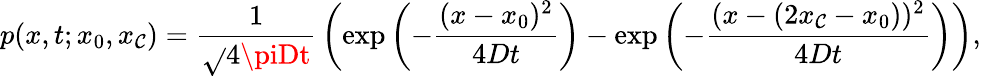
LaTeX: p(x,t;x_{0},x_{\mathcal{C}})={\frac{{1}}{{\sqrt{}{{4\piDt}}}}}\left(\exp\left(-{\frac{{(x-x_{0})^{2}}}{{4Dt}}}\right)-\exp\left(-{\frac{{(x-(2x_{\mathcal{C}}-x_{0}))^{2}}}{{4Dt}}}\right)\right),